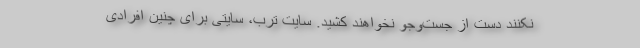
نکنند دست از جست‌وجو نخواهند کشید. سایت ترب، سایتی برای چنین افرادی